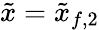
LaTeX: \tilde{x}=\tilde{x}_{f,2}